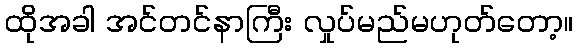
ထိုအခါ အင်တင်နာကြီး လှုပ်မည်မဟုတ်တော့။